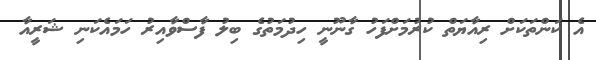
އެ ކަންތަކަށް ރިއާޔަތް ކުރުމަށްފަހު ގާނޫނީ ހިދުމަތުގެ ބިލު ފާސްވާއިރު ހަމައެކަނި ޝަރީއާ